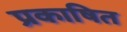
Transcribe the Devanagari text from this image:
प्रकाषित